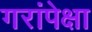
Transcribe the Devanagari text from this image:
गरांपेक्षा